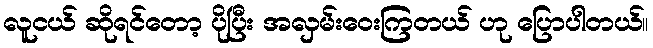
လူငယ် ဆိုရင်တော့ ပိုပြီး အလှမ်းဝေးကြတယ် ဟု ပြောပါတယ်။